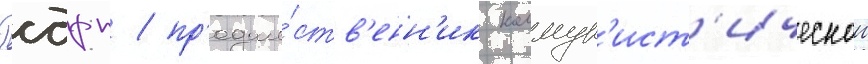
Рсдрп / пр'едше́ств'енн'ик коммун'ист'ическои